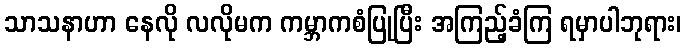
သာသနာဟာ နေလို လလိုမက ကမ္ဘာကစံပြုပြီး အကြည့်ခံကြ ရမှာပါဘုရား၊